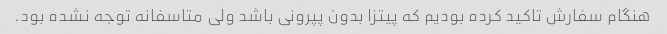
هنگام سفارش تاکید کرده بودیم که پیتزا بدون پپرونی باشد ولی متاسفانه توجه نشده بود.